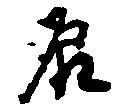
辰